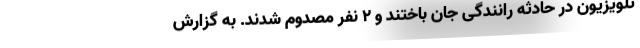
تلویزیون در حادثه رانندگی جان باختند و ۲ نفر مصدوم شدند. به گزارش